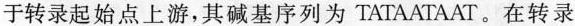
于转录起始点上游，其碱基序列为TATAATAAT。在转录